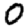
Digit: 0